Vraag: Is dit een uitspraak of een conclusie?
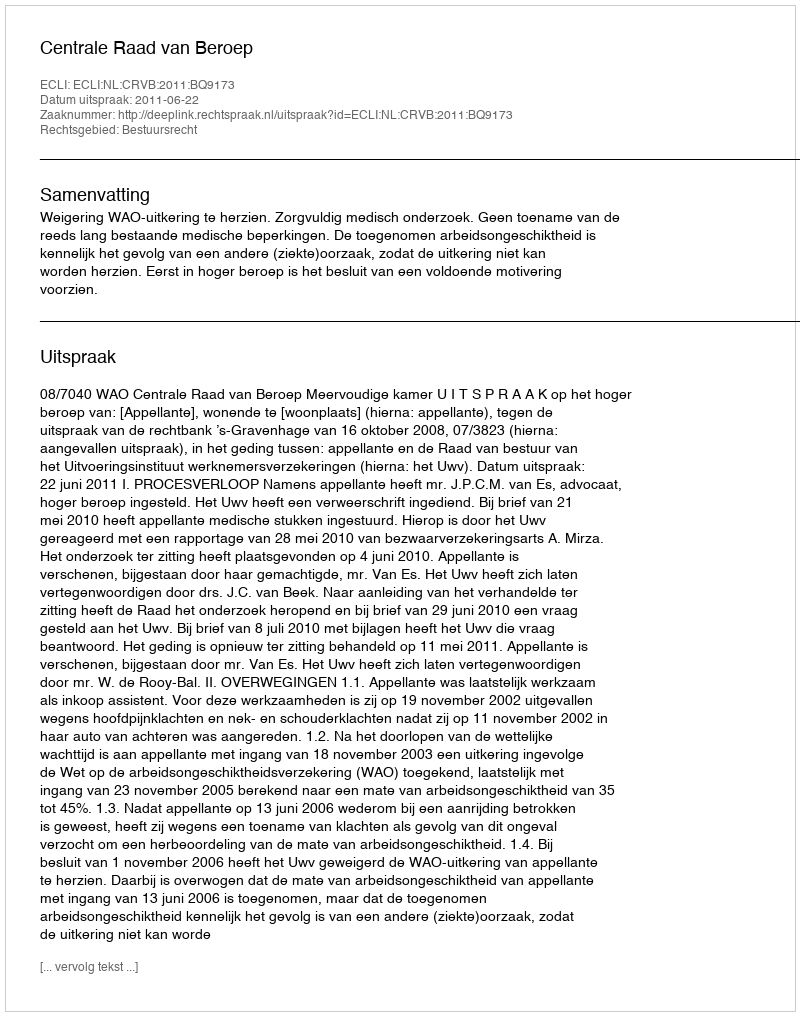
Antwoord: Uitspraak